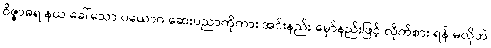
ဝိဇ္ဇာဓရ နယ ခေါ်သော ပယောဂ ဆေးပညာကိုကား အင်းနည်း မှော်နည်းဖြင့် လိုက်စား ရန် မလိုဘဲ